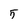
Character: 5